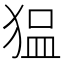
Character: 𰡖